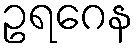
ဥရဂေန